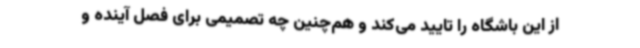
از این باشگاه را تایید می‌کند و هم‌چنین چه تصمیمی برای فصل آینده و